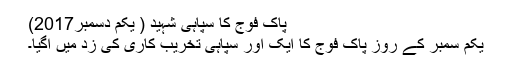
پاک فوج کا سپاہی شہید ( یکم دسمبر2017)
یکم سمبر کے روز پاک فوج کا ایک اور سپاہی تخریب کاری کی زد میں آگیا۔